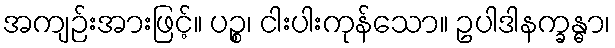
အကျဉ်းအားဖြင့်။ ပဉ္စ၊ ငါးပါးကုန်သော။ ဥပါဒါနက္ခန္ဓာ၊